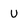
Character: U